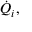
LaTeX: { \dot { Q } } _ { i } ,